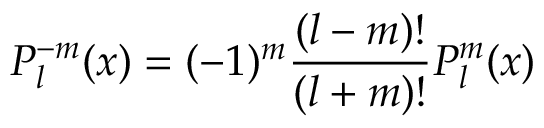
P _ { l } ^ { - m } ( x ) = ( - 1 ) ^ { m } \frac { ( l - m ) ! } { ( l + m ) ! } P _ { l } ^ { m } ( x )